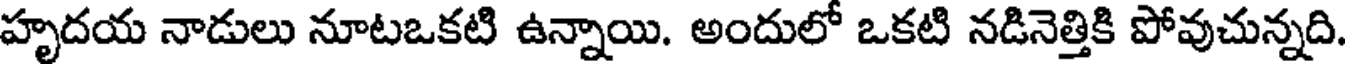
హృదయ నాడులు నూటఒకటి ఉన్నాయి. అందులో ఒకటి నడినెత్తికి పోవుచున్నది